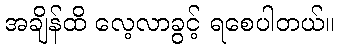
အချိန်ထိ လေ့လာခွင့် ရစေပါတယ်။